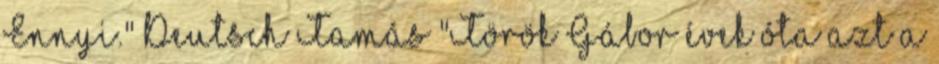
Ennyi." Deutsch Tamás "Török Gábor évek óta azt a